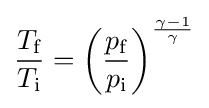
{\frac {T_{\text{f}}}{T_{\text{i}}}}=\left({\frac {p_{\text{f}}}{p_{\text{i}}}}\right)^{\frac {\gamma -1}{\gamma }}